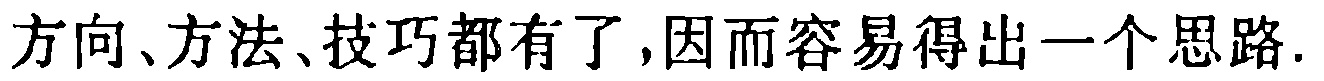
方向、方法、技巧都有了,因而容易得出一个思路.